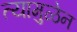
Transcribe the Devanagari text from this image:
त्यामुळेन